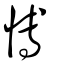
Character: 愽